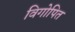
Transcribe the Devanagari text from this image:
विगोपित